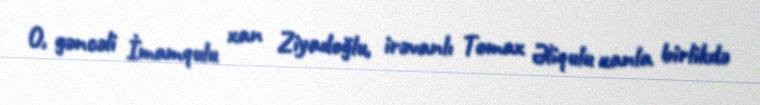
O, gəncəli İmamqulu xan Ziyadoğlu, irəvanlı Tomax Əliqulu xanla birlikdə